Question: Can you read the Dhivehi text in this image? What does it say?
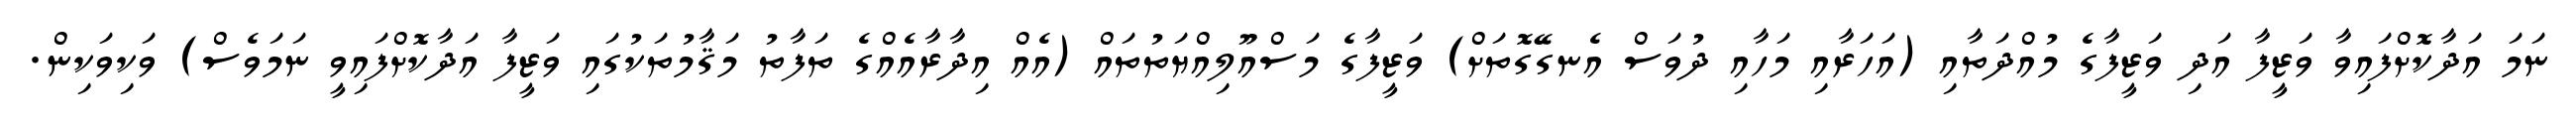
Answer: ނަމަ އަދާކޮށްފައިވާ ވަޒީފާ އަދި ވަޒީފާގެ މުއްދަތާއި (އަހަރާއި މަހާއި ދުވަސް އެނގޭގޮތަށް) ވަޒީފާގެ މަސްއޫލިއްޔަތުތައް (އެއް އިދާރާއެއްގެ ތަފާތު މަޤާމުތަކުގައި ވަޒީފާ އަދާކޮށްފައިވީ ނަމަވެސް) ވަކިވަކިން.